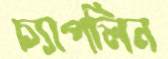
চ্যাপলিন